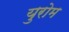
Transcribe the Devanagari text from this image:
युरोम